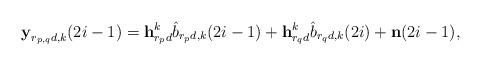
LaTeX: \begin{align*}\textbf{y}_{r_{p,q}d,k}(2i-1)= \textbf{h}_{r_pd}^k \hat{b}_{r_pd,k}(2i-1)+\textbf{h}_{r_qd}^k \hat{b}_{r_qd,k}(2i)+\textbf{n}(2i-1),\end{align*}